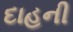
દાહની